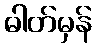
ဓါတ်မှန်